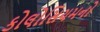
કોલોસિયમનો